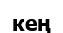
кең